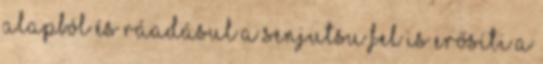
alapból és ráadásul a Senjutsu fel is erősíti a